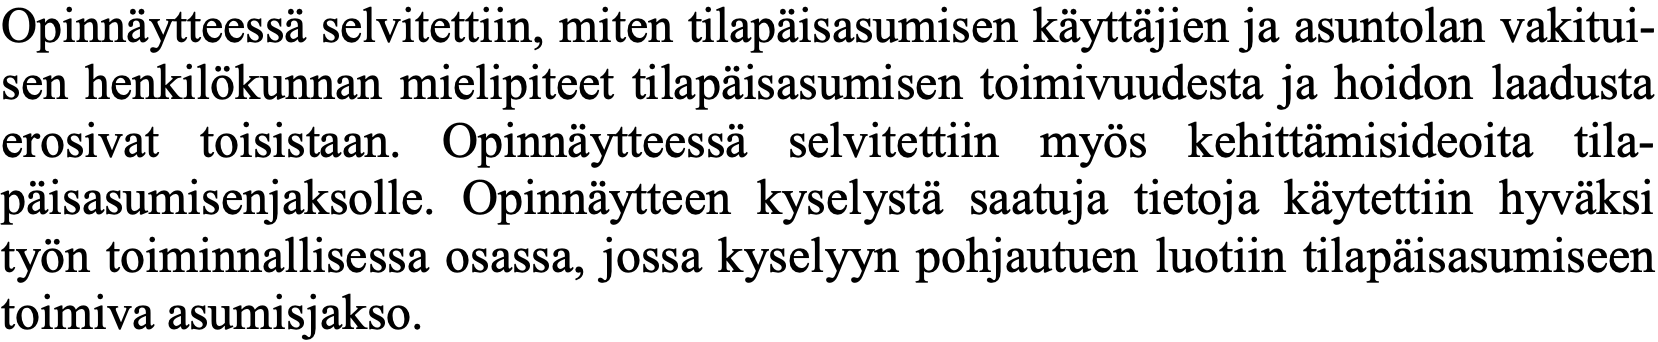
Opinnäytteessä selvitettiin, miten tilapäisasumisen käyttäjien ja asuntolan vakitui- sen henkilökunnan mielipiteet tilapäisasumisen toimivuudesta ja hoidon laadusta erosivat toisistaan. Opinnäytteessä selvitettiin myös kehittämisideoita tila- päisasumisenjaksolle. Opinnäytteen kyselystä saatuja tietoja käytettiin hyväksi työn toiminnallisessa osassa, jossa kyselyyn pohjautuen luotiin tilapäisasumiseen toimiva asumisjakso.